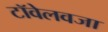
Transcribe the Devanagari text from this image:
टॉवेलवजा